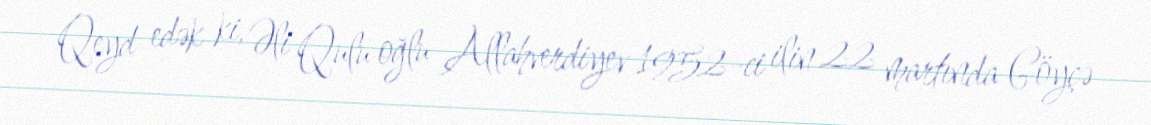
Qeyd edək ki, Əli Qulu oğlu Allahverdiyev 1952-ci ilin 22 martında Göyçə